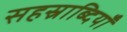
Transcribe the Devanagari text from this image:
सहस्राब्दियाँ